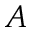
A